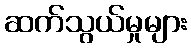
ဆက်သွယ်မှုများ